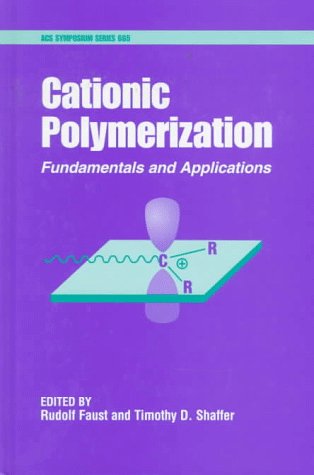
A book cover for Cationic Polymerization: Fundamentals and Applications (ACS Symposium Series); Science & Math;